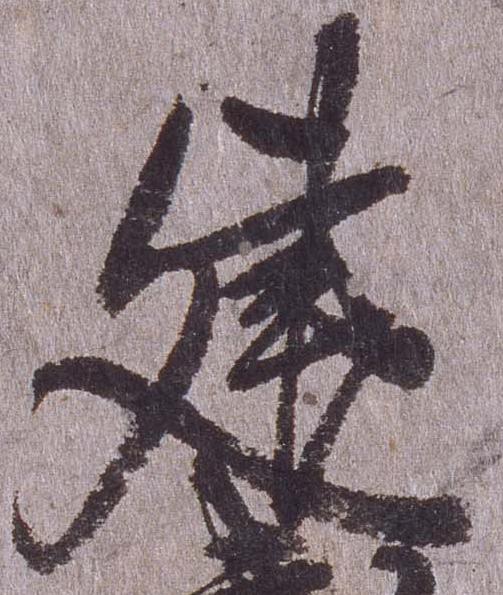
建